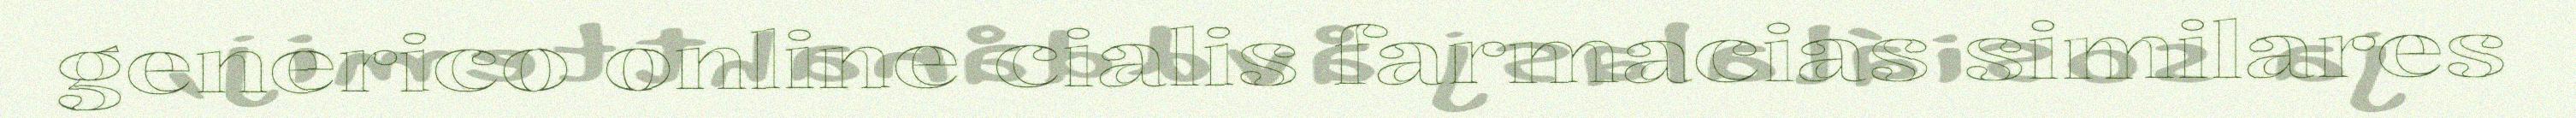
generico online cialis farmacias similares